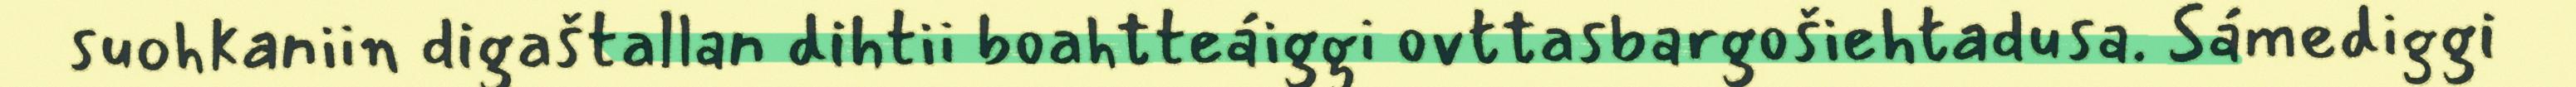
suohkaniin digaštallan dihtii boahtteáiggi ovttasbargošiehtadusa. Sámediggi